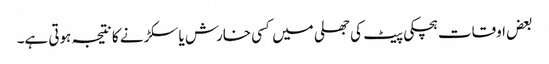
بعض اوقات ہچکی پیٹ کی جھلی میں کسی خارش یا سکڑنے کا نتیجہ ہوتی ہے۔